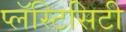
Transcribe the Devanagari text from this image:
प्लॅस्टिसिटी